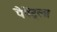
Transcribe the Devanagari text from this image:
पैपेंट्ला